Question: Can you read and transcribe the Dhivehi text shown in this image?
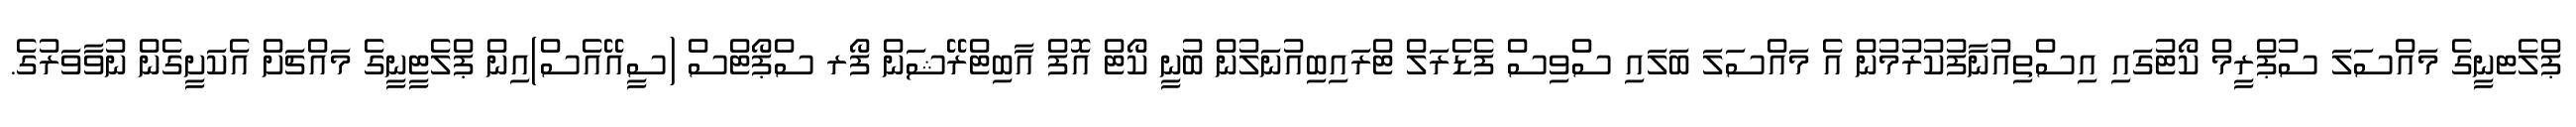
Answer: ޕްލެޓނީގެ މައްސަލަ ސުޕްރީމް ކޯޓުގައި އިސްތިއުނާފުކުރުމުން އެ މައްސަލަ ބަލައި ސްވިސް ފެޑެރަލް ޓްރައިބިއުނަލުން ބުނީ ކޯޓް އޮފް އާބިޓްރޭޝަން ފޯރ ސްޕޯޓްސް (ސީއޭއެސް)އިން ޕްލެޓީނީގެ މައްޗަށް އެކަށީގެން ނުވާވަރުގެ.